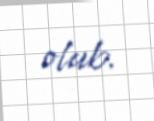
olub.